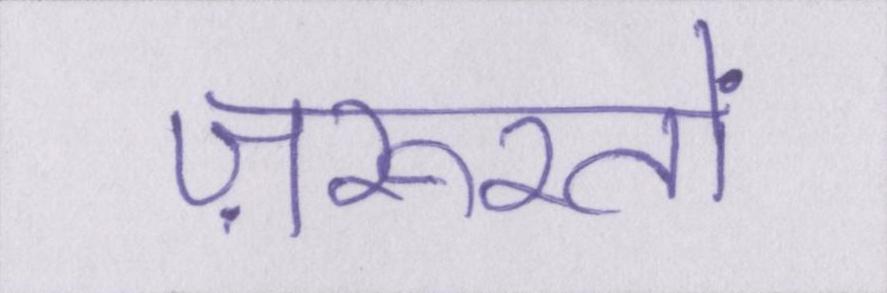
ज़रूरतों